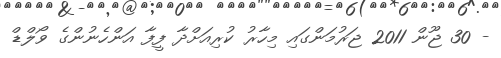
- 30 ޖޫން 2011 ޖަރުމަންގައި މިހާރު ކުރިއަށްދާ ފީފާ އަންހެނުންގެ ވޯލްޑް